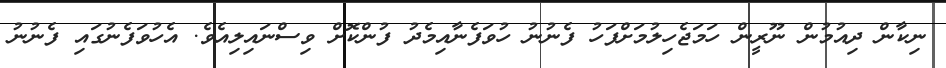
ނިކާން ދިއުމުން ނޫރީން ހަމަޖެހިލުމަށްފަހު ފެނުނު ހުވަފެނާއިމެދު ފުންކޮށް ވިސްނައިލިއެވެ. އެހުވަފެނުގައި ފެނުނު